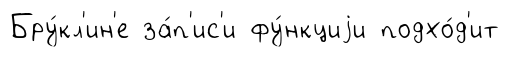
Бру́кл'ин'е за́п'ис'и фу́нкциjи подхо́д'ит